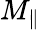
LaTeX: M_{\parallel}